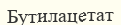
Бутилацетат